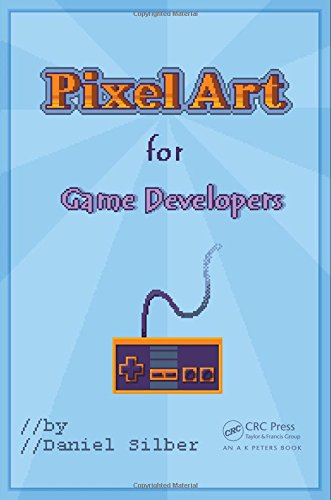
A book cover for Pixel Art for Game Developers; Daniel Silber; Computers & Technology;